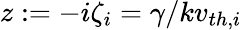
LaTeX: z:=-i\zeta_{i}=\gamma/kv_{th,i}